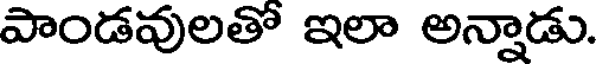
పాండవులతో ఇలా అన్నాడు.